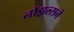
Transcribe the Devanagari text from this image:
नॉझल्सने